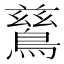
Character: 鶿